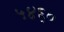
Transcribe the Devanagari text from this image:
५४६०